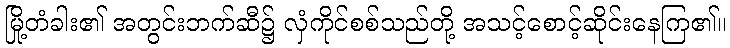
မြို့တံခါး၏ အတွင်းဘက်ဆီ၌ လှံကိုင်စစ်သည်တို့ အသင့်စောင့်ဆိုင်းနေကြ၏။